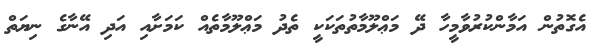
އެގޮތުން އަމާންކުރުވާމީހާ ދޭ މަޢްލޫމާތުތަކަކީ ތެދު މަޢްލޫމާތެއް ކަމަށާއި އަދި އޭނާގެ ނިޔަތް